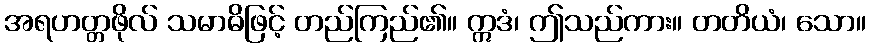
အရဟတ္တဖိုလ် သမာဓိဖြင့် တည်ကြည်၏။ ဣဒံ၊ ဤသည်ကား။ တတိယံ၊ သော။